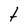
Character: t